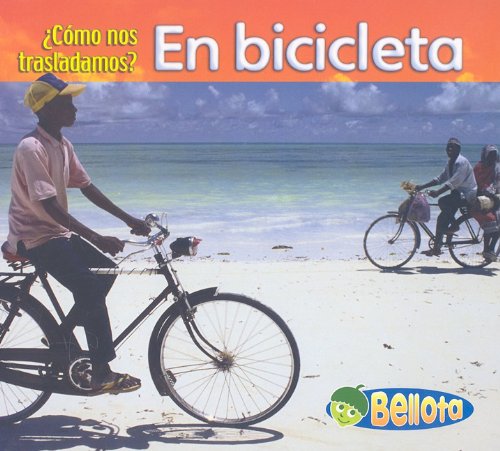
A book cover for En bicicleta (Como Nos Trasladamos?) (Spanish Edition); Cassie Mayer; Children's Books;